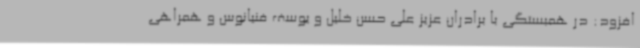
افزود: در همبستگی با برادران عزیز علی حسن خلیل و یوسف فنیانوس و همراهی